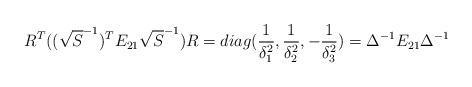
LaTeX: \begin{align*}R^T ((\sqrt{S}^{-1})^T E_{21}\sqrt{S}^{-1}) R = diag (\frac{1}{\delta _1^2}, \frac{1}{\delta _2^2}, -\frac{1}{\delta _3^2}) = \Delta ^{-1} E_{21} \Delta ^{-1}\end{align*}